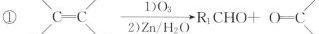
① $$C = C \xrightarrow [ 2 ) Z n / H _ { 2 } O ] { 1 ) O _ { 3 } } R _ { 1 } C H O + O = C$$